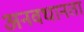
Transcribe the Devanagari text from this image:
अनवधानता